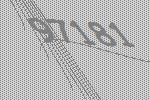
97181